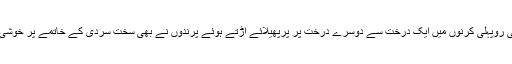
سڑکیں کھل گئی ہیں، سورج کی روپہلی کرنوں میں ایک درخت سے دوسرے درخت پر پرپھیلائے اڑتے ہوئے پرندوں نے بھی سخت سردی کے خاتمے پر خوشی سے چہچہانا شروع کردیا ہے۔